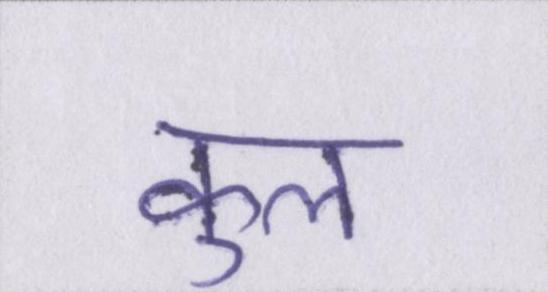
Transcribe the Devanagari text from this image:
कुल